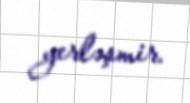
yerləşmir.